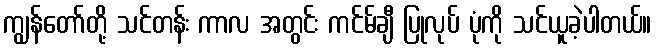
ကျွန်တော်တို့ သင်တန်း ကာလ အတွင်း ကင်မ်ချီ ပြုလုပ် ပုံကို သင်ယူခဲ့ပါတယ်။